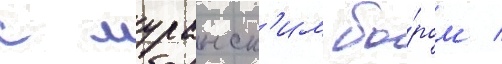
с муранск'им бо́ром /